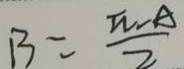
B = \frac { \pi - A } { 2 }